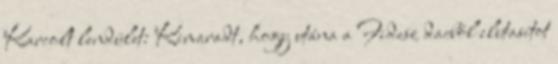
Karcolt lendület: Kimaradt, hogy utána a Fidesz dacból elutasítot